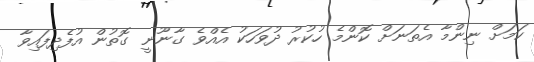
ކަމަށް ނިންމާ އެތަނަށް ކޮންމެ ހުކުރު ދުވަހަކު އެއްވެ ގާނޫނީ ގޮތުން އުފެދިފައިވާ